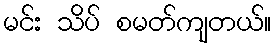
မင်း သိပ် စမတ်ကျတယ်။